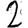
Digit: 2